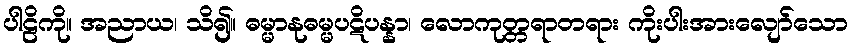
ပါဠိကို။ အညာယ၊ သိ၍။ ဓမ္မာနုဓမ္မပဋိပန္နာ၊ လောကုတ္တရာတရား ကိုးပါးအားလျော်သော